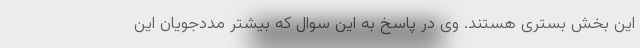
این بخش بستری هستند. وی در پاسخ به این سوال که بیشتر مددجویان این